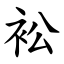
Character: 衳